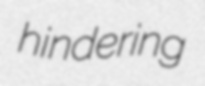
hindering